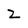
Character: 2